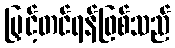
မြှင့်တင်ရန်ဖြစ်သည်